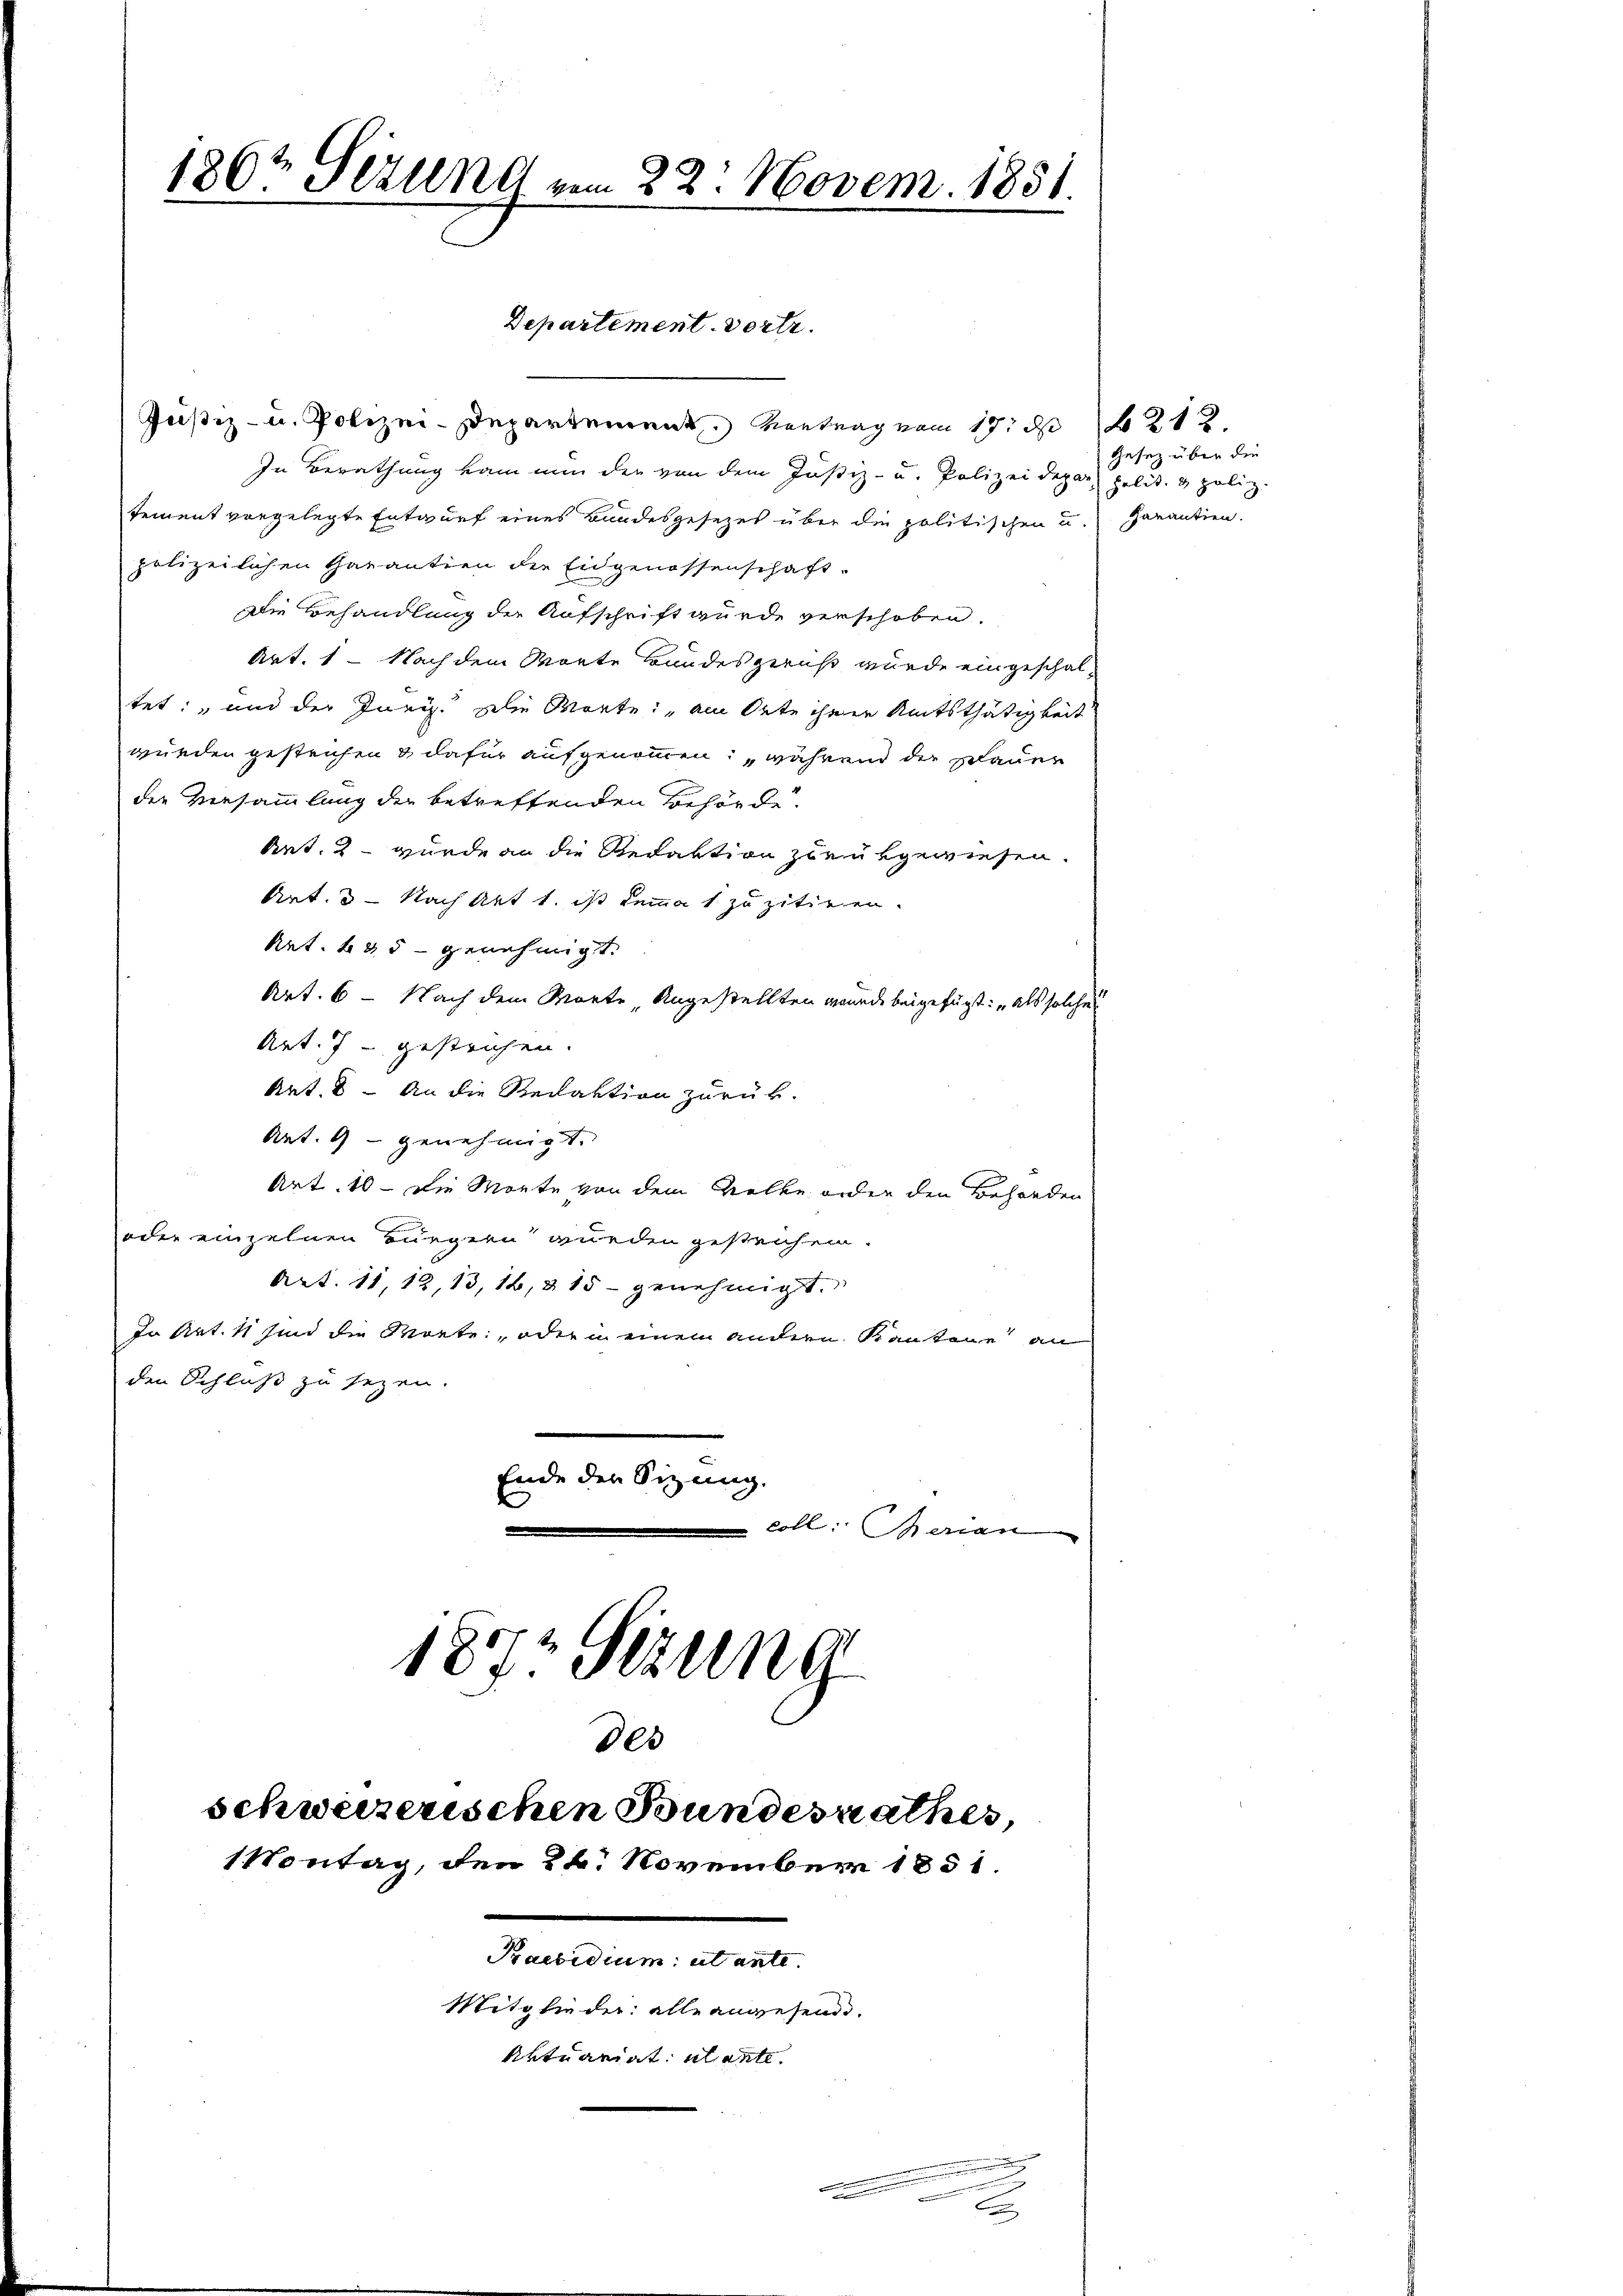
186t Setzung vom 22. Novem. 1831.

Justiz- u. Polizei-Departement Vertrag vom 17. d. 212.
In Berathung kam nun der von dem Justiz- u. Polizei deper polit. & poliz
tement vorgelegte Entwurf eines Bundesgesezes über die politischen u. Garantien.
polizeilichen Garantien die Eidgenossenschaft.
Die Behandlung der Aufschrift wurde verschoben.
Art. 1 – Nach dem Worte Bundesgerus wurde eingeschaltet: und der Juris. zulie Worte: am Orte ihrer Amtsthätigkeit
wurden gestrichen & dafür aufgenommen, während der Bauer
der Versammlung der betreffenden Behörde
Art. 2 – wurde an die Redaktion zurükgewiesen.
Art. 3 - Nach Akt 1. ist kemma 1 zu zitiren.
Art. 685 - genehmigt.
Art. 6 - Nach dem Worte Angestellten wurde beigefügt: „als solche
Art. 7 - gestrichen.
Art. 8. An die Redaktion zurück.
Art. 9 - genehmigt.
Art. 10 - Die Monte von dem Velke oder den Behörden
oder einzelnen Bürgern wurden gestrichen.
Art. 11, 12, 13, 16, § 15 - genehmigt.
In Art. 11 sind die Worte: „oder in einem andern Kantone an
den Schluß zu sezen.
Ende der Sitzung.
coll: Berian
187. Sezung
Des
schweizerischen Bundesrathes,
1Vontag, den 24. November 1851.
Praesidium et ante. |
Mitglieder alle angesend.
Aktuariat mante.

Departement. Vortr

.
6

Gesetz über die